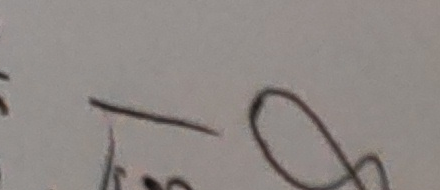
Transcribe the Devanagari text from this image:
त्र